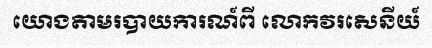
យោងតាមរបាយការណ៍ពី លោកវរសេនីយ៍